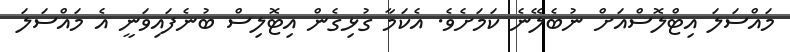
މައްސަލަ އިޓްލޮސްއަށް ނުބެލޭނެ ކަމަށެވެ. އެކަމާ ގުޅިގެން އިޓޮލިސް ބުނެފައިވަނީ އެ މައްސަލަ